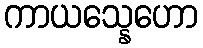
ကာယသ္နေဟော